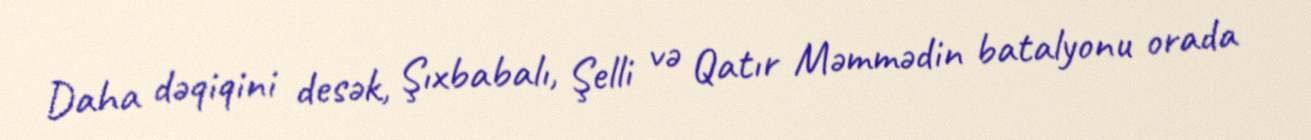
Daha dəqiqini desək, Şıxbabalı, Şelli və Qatır Məmmədin batalyonu orada